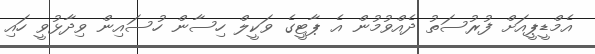
އެމްޑީޕީއަށް ފުރުސަތު ދެއްވުމުން އެ ޕާޓީގެ ވަކީލް ހިސާން ހުސައިން ވިދާޅުވީ ހައި